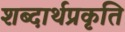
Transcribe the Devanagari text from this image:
शब्दार्थप्रकृति